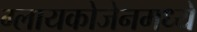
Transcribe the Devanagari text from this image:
ग्लायकोजेनमध्ये